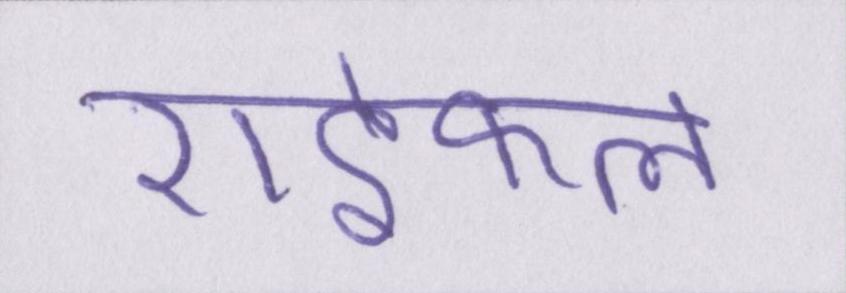
राइफल